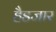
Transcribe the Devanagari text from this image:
हैडजार